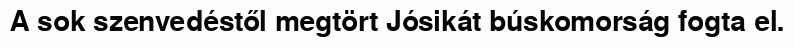
A sok szenvedéstől megtört Jósikát búskomorság fogta el.